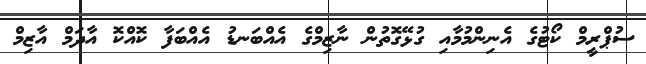
ސުޕްރީމް ކޯޓުގެ އެނިންމުމާއި ގުޅޭގޮތުން ނާޒިމްގެ އެއްބަނޑު އެއްބަފާ ކޮއްކޮ އާދަމް އާޒިމް